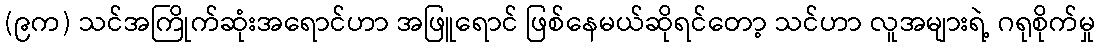
(၉က) သင်အကြိုက်ဆုံးအရောင်ဟာ အဖြူရောင် ဖြစ်နေမယ်ဆိုရင်တော့ သင်ဟာ လူအများရဲ့ ဂရုစိုက်မှု